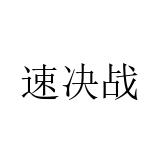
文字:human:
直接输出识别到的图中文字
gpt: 速决战